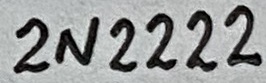
Text: 2N2222